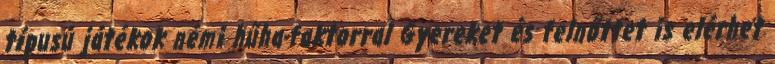
típusú játékok némi hűha-faktorral Gyereket és felnőttet is elérhet